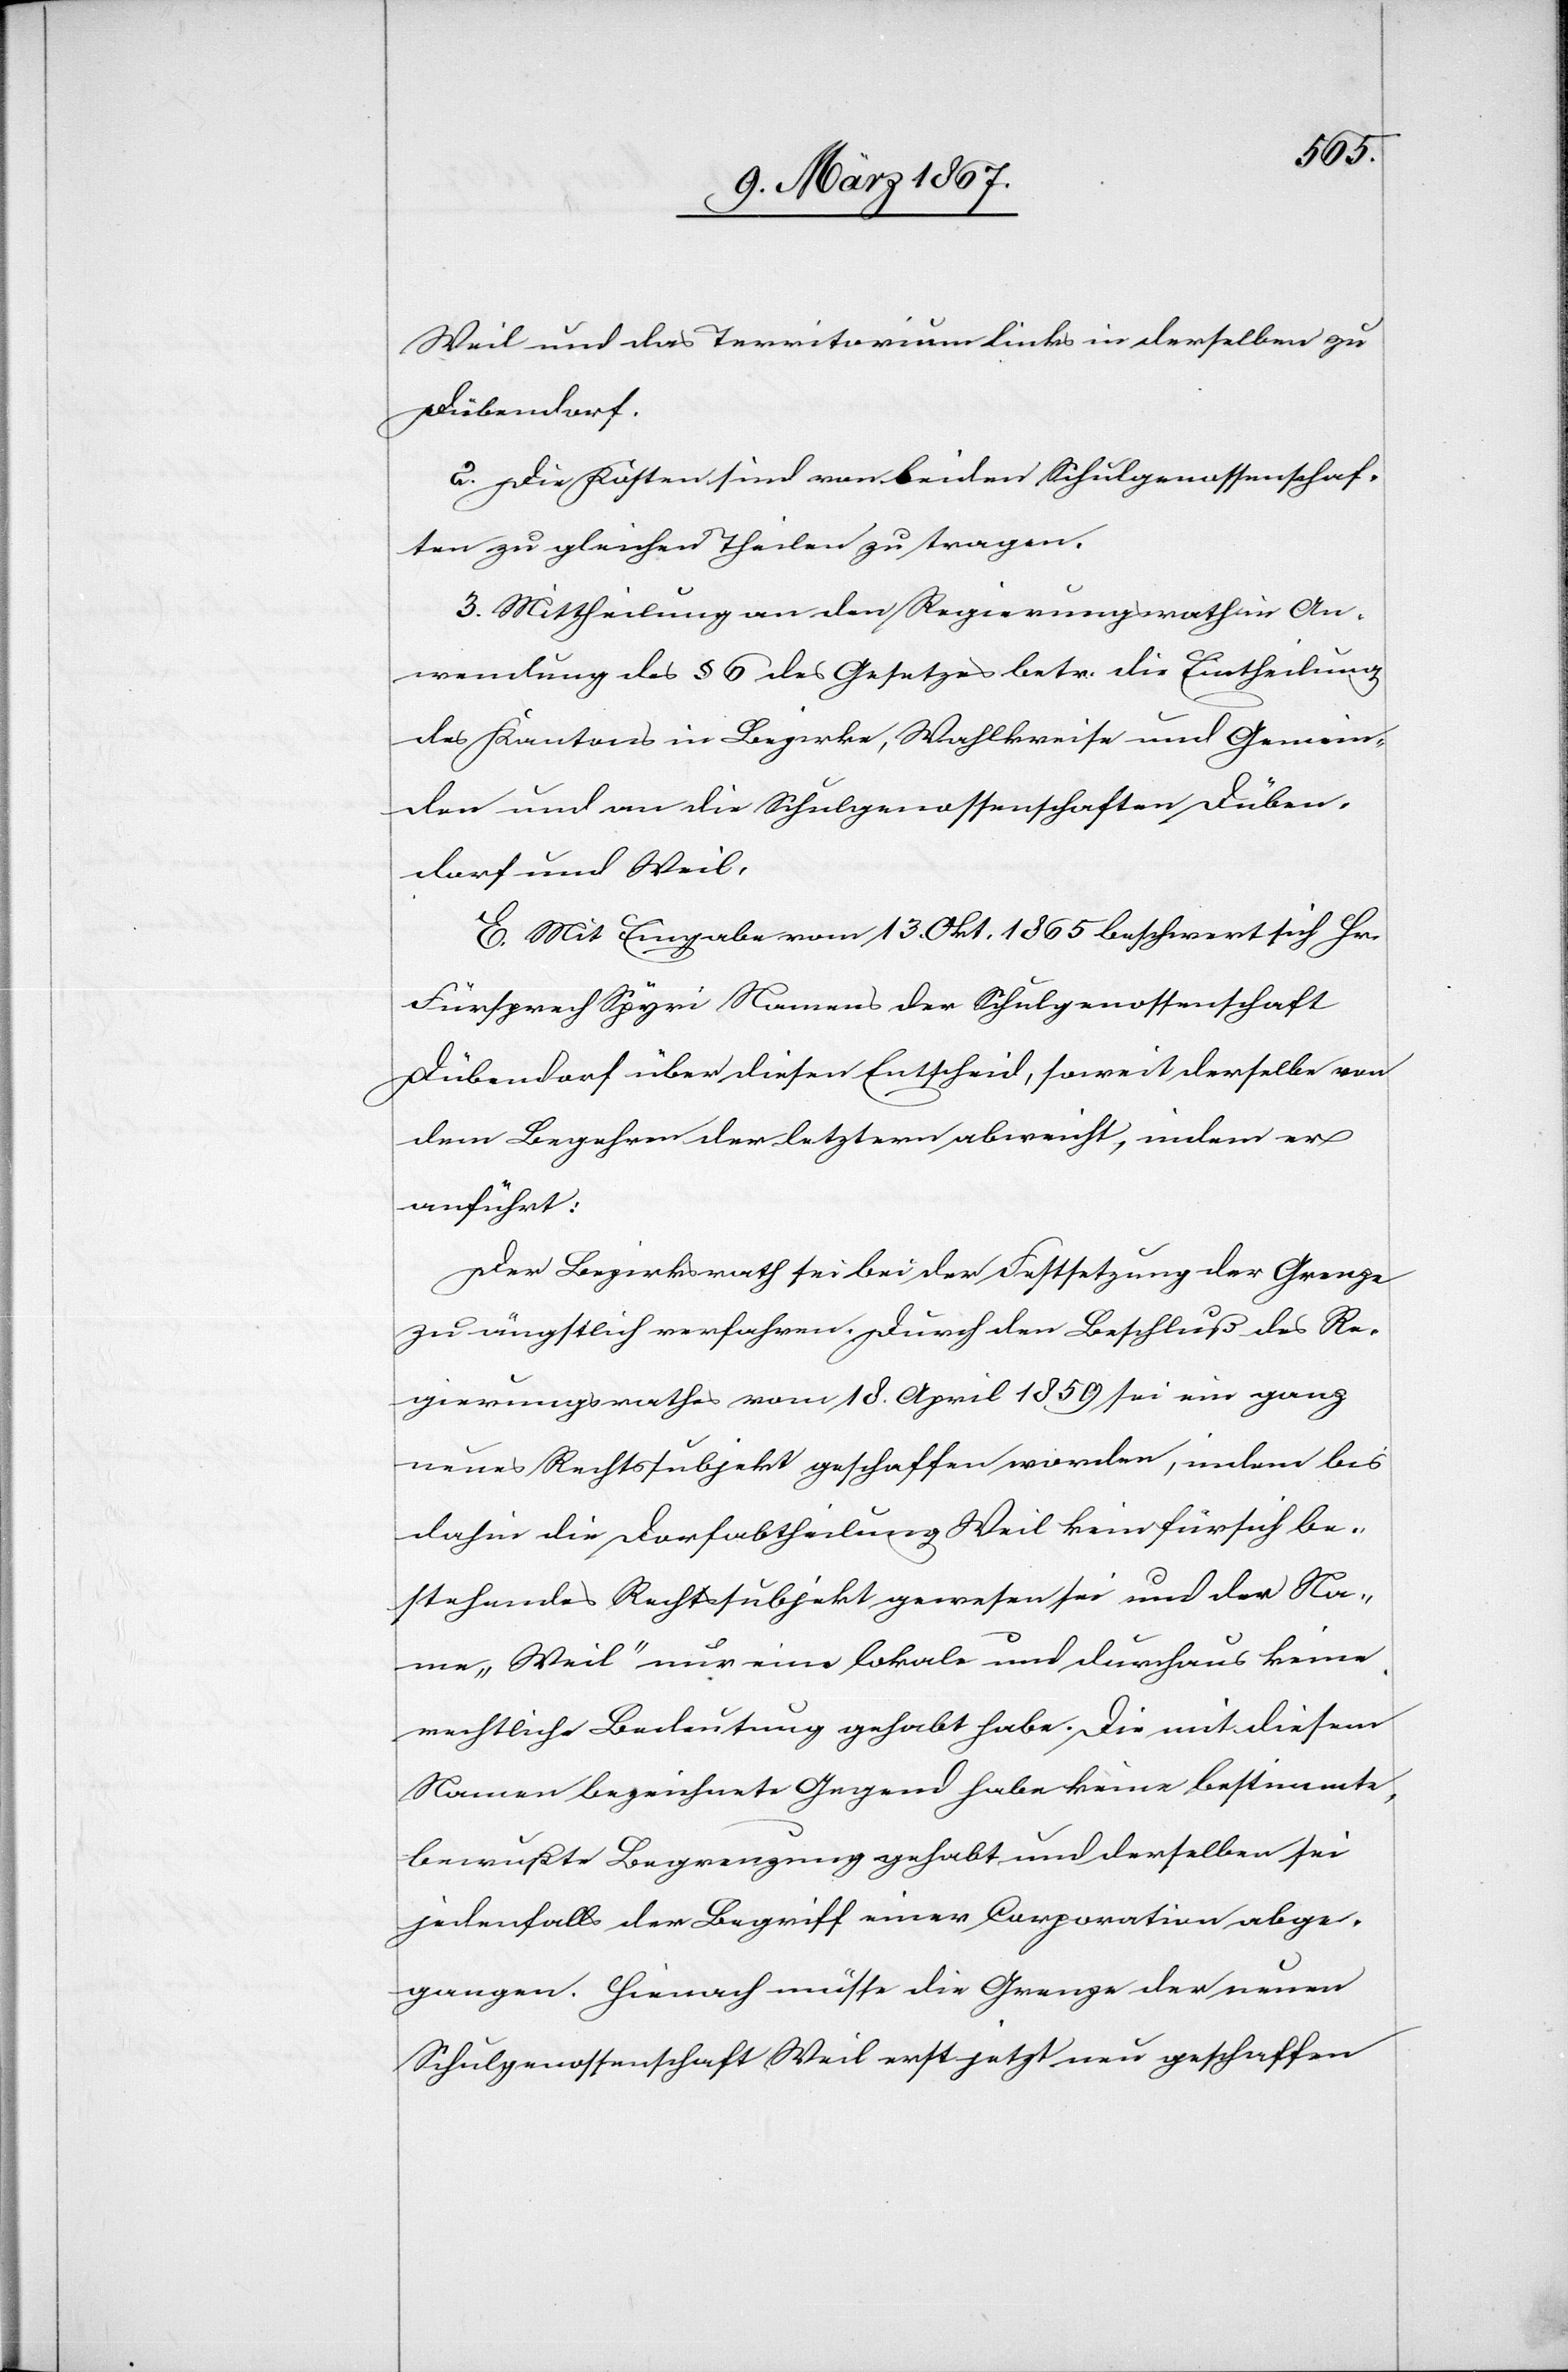
Weil und das Territorium links in derselben zu
Dübendorf.
2. Die Kosten sind von beiden Schulgenossenschaf¬
ten zu gleichen Theilen zu tragen.
3. Mittheilung an den Regierungsrath in An¬
wendung des § 6 des Gesetzes betr. die Eintheilung
des Kantons in Bezirke, Wahlkreise und Gemein¬
den und an die Schulgenossenschaften Düben¬
dorf und Weil.
E. Mit Eingabe vom 13. Okt. 1865 beschwert sich Hr.
Fürsprech Spyri Namens der Schulgenossenschaft
Dübendorf über diesen Entscheid, soweit derselbe von
dem Begehren der letztern abweicht, indem er
anführt:
Der Bezirksrath sei bei der Festsetzung der Grenze
zu ängstlich verfahren. Durch den Beschluß des Re¬
gierungsrathes vom 18. April 1859 sei ein ganz
neues Rechtssubjekt geschaffen worden, indem bis
dahin die Dorfabtheilung Weil kein für sich be¬
stehendes Rechtssubjekt gewesen sei und der Na¬
me „Weil“ nur eine lokale und durchaus keine
rechtliche Bedeutung gehabt habe. Die mit diesem
Namen bezeichnete Gegend habe keine bestimmte,
bewußte Begrenzung gehabt und derselben sei
jedenfalls der Begriff einer Corporation abge¬
gangen. Hienach müsse die Grenze der neuen
Schulgenossenschaft Weil erst jetzt neu geschaffen